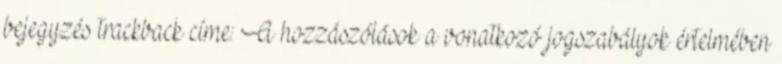
bejegyzés trackback címe: A hozzászólások a vonatkozó jogszabályok értelmében